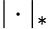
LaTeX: |\cdot|_{*}